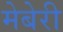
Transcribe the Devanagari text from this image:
मेबेरी